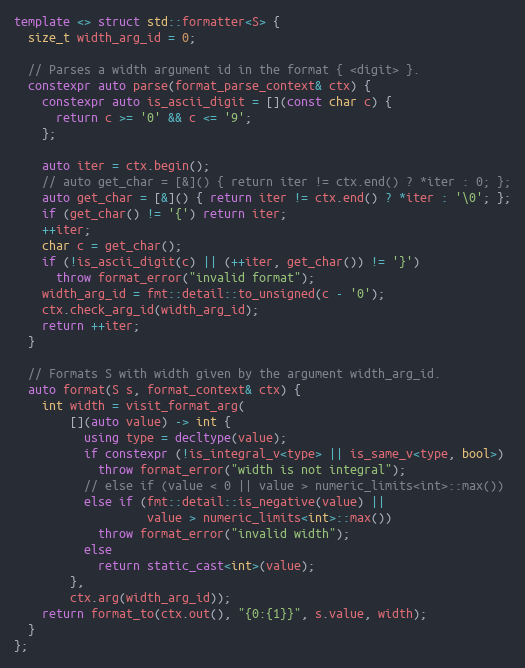
Language: C++
template <> struct std::formatter<S> {
  size_t width_arg_id = 0;

  // Parses a width argument id in the format { <digit> }.
  constexpr auto parse(format_parse_context& ctx) {
    constexpr auto is_ascii_digit = [](const char c) {
      return c >= '0' && c <= '9';
    };

    auto iter = ctx.begin();
    // auto get_char = [&]() { return iter != ctx.end() ? *iter : 0; };
    auto get_char = [&]() { return iter != ctx.end() ? *iter : '\0'; };
    if (get_char() != '{') return iter;
    ++iter;
    char c = get_char();
    if (!is_ascii_digit(c) || (++iter, get_char()) != '}')
      throw format_error("invalid format");
    width_arg_id = fmt::detail::to_unsigned(c - '0');
    ctx.check_arg_id(width_arg_id);
    return ++iter;
  }

  // Formats S with width given by the argument width_arg_id.
  auto format(S s, format_context& ctx) {
    int width = visit_format_arg(
        [](auto value) -> int {
          using type = decltype(value);
          if constexpr (!is_integral_v<type> || is_same_v<type, bool>)
            throw format_error("width is not integral");
          // else if (value < 0 || value > numeric_limits<int>::max())
          else if (fmt::detail::is_negative(value) ||
                   value > numeric_limits<int>::max())
            throw format_error("invalid width");
          else
            return static_cast<int>(value);
        },
        ctx.arg(width_arg_id));
    return format_to(ctx.out(), "{0:{1}}", s.value, width);
  }
};